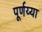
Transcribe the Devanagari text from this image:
पूर्णय्या